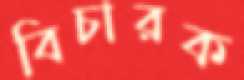
বিচারক